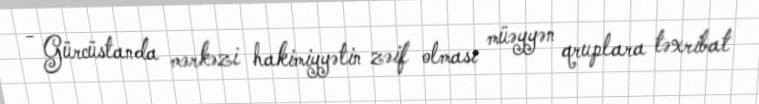
- Gürcüstanda mərkəzi hakimiyyətin zəif olması müəyyən qruplara təxribat